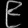
Digit: ၉